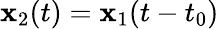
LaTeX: \mathbf{x}_{2}(t)=\mathbf{x}_{1}(t-t_{0})